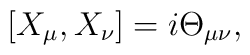
[X_\mu, X_\nu] = i \Theta_{\mu\nu},